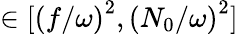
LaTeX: \in[\left(f/\omega\right)^{2},\left(N_{0}/\omega\right)^{2}]